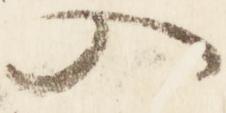
入